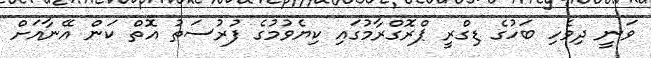
ވަނީ ދިވެހި ބަހުގެ ޑިގްރީ ޕްރޮގްރާމުގައި ކިޔެވުމުގެ ފުރުސަތު އޮތް ކަން އޭނާއަށް